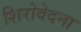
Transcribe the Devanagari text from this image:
शिरोवेदना